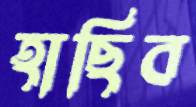
হাছিব